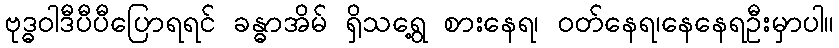
ဗုဒ္ဓဝါဒီပီပီပြောရရင် ခန္ဓာအိမ် ရှိသရွေ့ စားနေရ၊ ဝတ်နေရ၊နေနေရဦးမှာပါ။